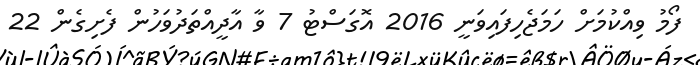
ފޯމު ވިއްކުމަށް ހަމަޖެހިފައިވަނީ 2016 އޮގަސްޓު 7 ވާ އާދީއްތަދުވަހުން ފެށިގެން 22